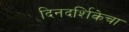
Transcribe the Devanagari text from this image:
दिनदर्शिकेचा